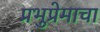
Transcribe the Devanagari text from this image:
प्रभुप्रेमाचा